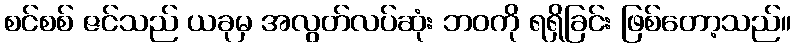
စင်စစ် ဇင်သည် ယခုမှ အလွတ်လပ်ဆုံး ဘဝကို ရရှိခြင်း ဖြစ်တော့သည်။